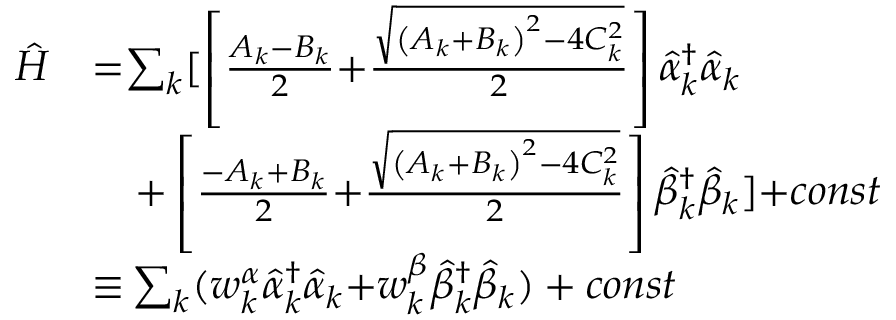
\begin{array} { l l } { \hat { H } } & { { = } { \mathit { \sum } } _ { k } [ \left[ \frac { A _ { k } { - } B _ { k } } { { 2 } } { + } \frac { \sqrt { \left( A _ { k } { + } B _ { k } \right) ^ { 2 } { - } { 4 } C _ { k } ^ { { 2 } } } } { { 2 } } \right] \hat { \alpha } _ { k } ^ { { \dagger } } \hat { \alpha } _ { k } } \\ & { \quad { + } \left[ \frac { { - } A _ { k } { + } B _ { k } } { { 2 } } { + } \frac { \sqrt { \left( A _ { k } { + } B _ { k } \right) ^ { 2 } { - } { 4 } C _ { k } ^ { { 2 } } } } { { 2 } } \right] \hat { \beta } _ { k } ^ { { \dagger } } \hat { \beta } _ { k } ] { + } c o n s t } \\ & { { \equiv } \sum _ { k } ( { w _ { k } ^ { \alpha } \hat { \alpha } _ { k } ^ { { \dagger } } \hat { \alpha } _ { k } { + } w _ { k } ^ { \beta } \hat { \beta } _ { k } ^ { { \dagger } } \hat { \beta } _ { k } } ) + c o n s t } \end{array}